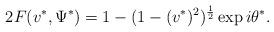
LaTeX: \begin{align*}2 F(v^*, \Psi^*) = 1 - (1 - (v^*)^2)^\frac{1}{2} \exp i \theta^*.\end{align*}